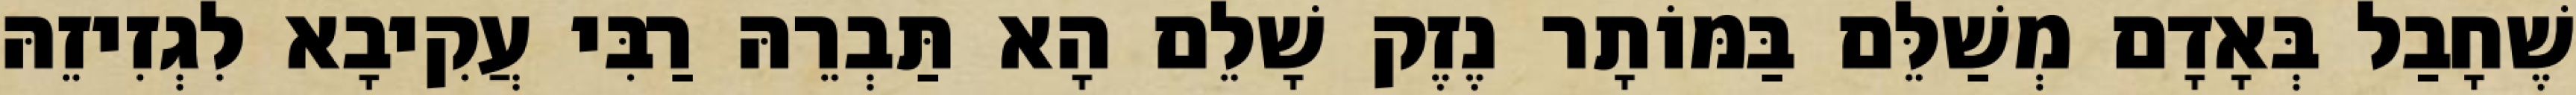
שֶׁחָבַל בְּאָדָם מְשַׁלֵּם בַּמּוֹתָר נֶזֶק שָׁלֵם הָא תַּבְרֵהּ רַבִּי עֲקִיבָא לִגְזִיזֵהּ